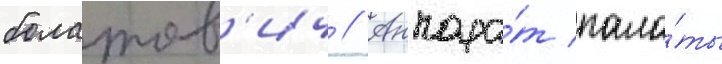
болатов'ич // Аппара́т пала́ты